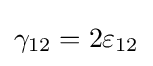
\gamma _{12}=2\varepsilon _{12}